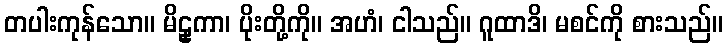
တပါးကုန်သော။ မိဠှကာ၊ ပိုးတို့ကို။ အဟံ၊ ငါသည်။ ဂူထာဒိ၊ မစင်ကို စားသည်။